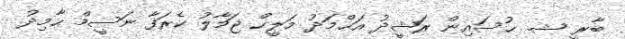
ބާރީ ޝ. ޙުސައިން ރަޝީދު އަޙްމަދު މަލީޙް ޖަމާލު ކެރަފާ ނަސީމް ޙާމިދު